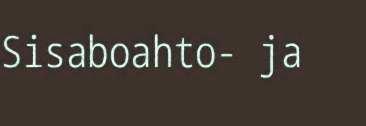
Sisaboahto- ja